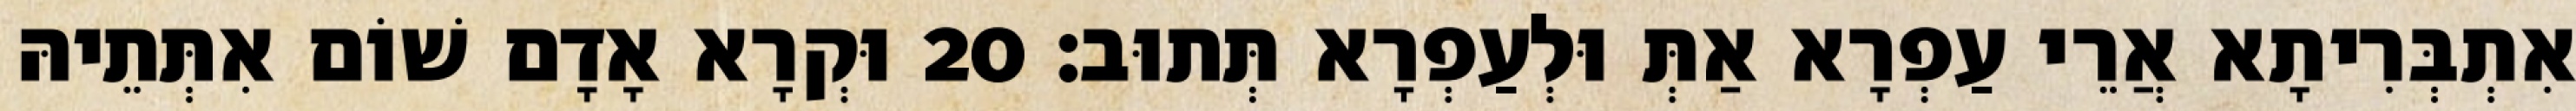
אִתְבְּרִיתָא אֲרֵי עַפְרָא אַתְּ וּלְעַפְרָא תְּתוּב׃ 20 וּקְרָא אָדָם שׁוֹם אִתְּתֵיהּ